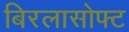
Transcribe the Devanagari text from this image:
बिरलासोफ्ट